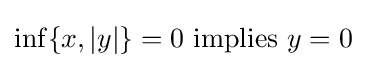
\inf\{x,|y|\}=0{\text{ implies }}y=0